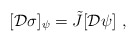
\begin{align*}[{\cal D}\sigma]_{\psi} = \tilde J [{\cal D}\psi]\ ,\end{align*}